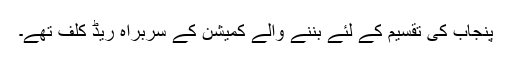
پنجاب کی تقسیم کے لئے بننے والے کمیشن کے سربراہ ریڈ کلف تھے۔